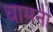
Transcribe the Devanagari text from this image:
धामनी